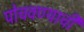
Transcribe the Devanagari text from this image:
पोचवण्‍याची